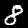
Label: 8